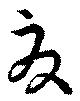
夏